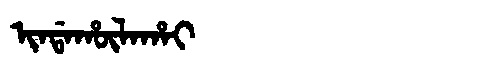
Manchu: ᡳᠨᡩᠠᡥᡡᠯᠠᡥᠠᡳ
Romanization: INDAHŪLAHAI